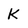
Character: k